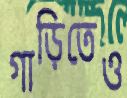
গাড়িতেও